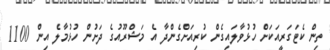
ތިން ކެޓަގަރީއަކަށް ހުޅުވާލައިގެން ކުރިއަށްގެންދާ އެ މަޝްރޫއުގެ ދަށުން ހުޅުމާލެ އިން 1100